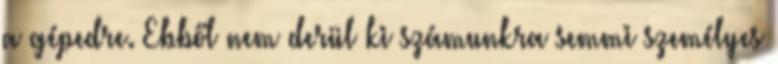
a gépedre. Ebből nem derül ki számunkra semmi személyes